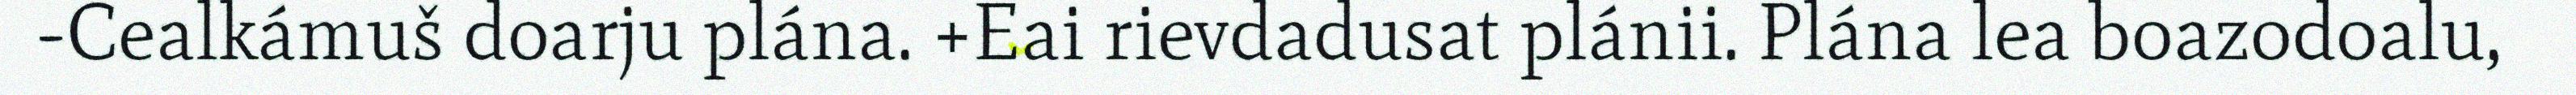
-Cealkámuš doarju plána. +Eai rievdadusat plánii. Plána lea boazodoalu,